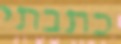
כתבתי